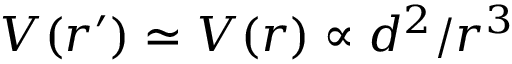
V ( r ^ { \prime } ) \simeq V ( r ) \propto d ^ { 2 } / r ^ { 3 }